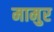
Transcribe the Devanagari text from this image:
मामुर